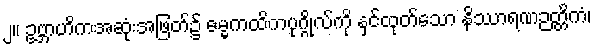
၂။ ဥဗ္ဘာဟိကအဆုံးအဖြတ်၌ ဓမ္မကထိကပုဂ္ဂိုလ်ကို နှင်ထုတ်သော နိဿာရဏဉတ္တိကံ၊